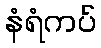
နံရံကပ်